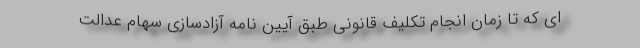
ای که تا زمان انجام تکلیف قانونی طبق آیین نامه آزادسازی سهام عدالت